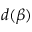
d ( \beta )